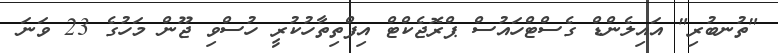
"ތުނބުރި" އައިލެންޑް ގެސްޓްހައުސް ޕްރޮޖެކްޓް އިފްތިތާހުކުރީ ހުސްވި ޖޫން މަހުގެ 23 ވަނަ